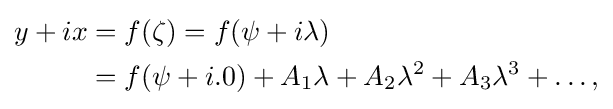
{\begin{aligned}y+ix&=f(\zeta )=f(\psi +i\lambda )\\&=f(\psi +i.0)+A_{1}\lambda +A_{2}\lambda ^{2}+A_{3}\lambda ^{3}+\ldots ,\end{aligned}}